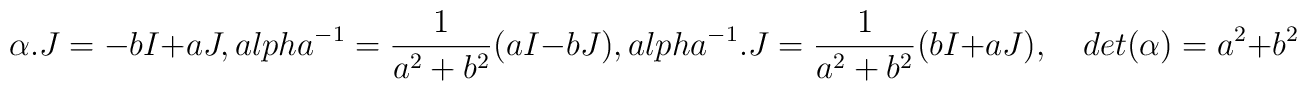
\alpha.J=-bI+aJ,\ \\alpha^{-1}=\frac{1}{a^2+b^2}(aI-bJ),\ \\alpha^{-1}.J=\frac{1}{a^2+b^2}(bI+aJ),\quad det(\alpha)=a^2+b^2